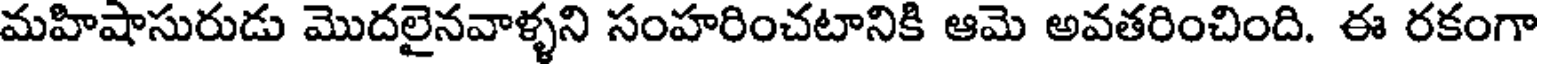
మహిషాసురుడు మొదలైనవాళ్ళని సంహరించటానికి ఆమె అవతరించింది. ఈ రకంగా